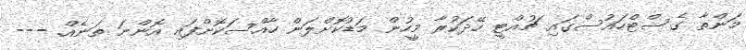
މަންތާ ގެސްޓްހައުސްގައި ޗުއްޓީ ހޭދަކުރާ މީހުން މަޑުކޮށްލަން ހާއްސަކޮށްފައި އޮންނަ ތަނެއް. ---